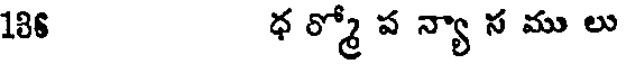
186 ధ ర్మో ప న్యా స ము లు